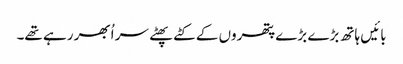
بائیں ہاتھ بڑے بڑے پتھروں کے کٹے پھٹے سر اُبھر رہے تھے۔